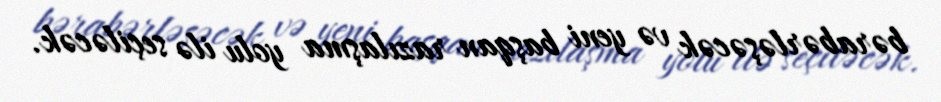
bərabərləşəcək və yeni başqan razılaşma yolu ilə seçiləcək.